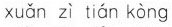
xuǎn zì tián kòng